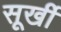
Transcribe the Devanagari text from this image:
सूर्खी